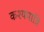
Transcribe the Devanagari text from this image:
कश्यपात्रि